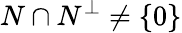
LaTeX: N\cap N^{\bot}\neq\{ 0\}